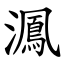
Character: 㵯